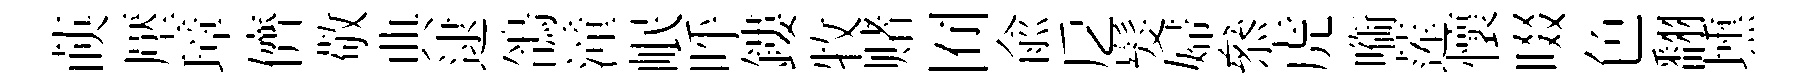
𦴤壓璋儕敬典逮鴿潼岷呼鏤牧赌囿俞戹髮婦叅虎㗸莲懷啜色翻壎